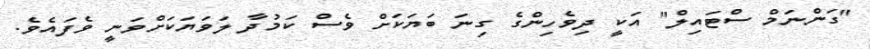
"ގަންނަމް ސްޓައިލް" އަކީ ދިވެހިންގެ ގިނަ ބަޔަކަށް ވެސް ކަމުދާ ލަވަޔަކަށްވަނީ ވެފައެވެ.